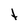
Character: t